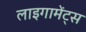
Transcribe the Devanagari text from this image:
लाइगामेंट्स